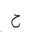
Letter: _ha